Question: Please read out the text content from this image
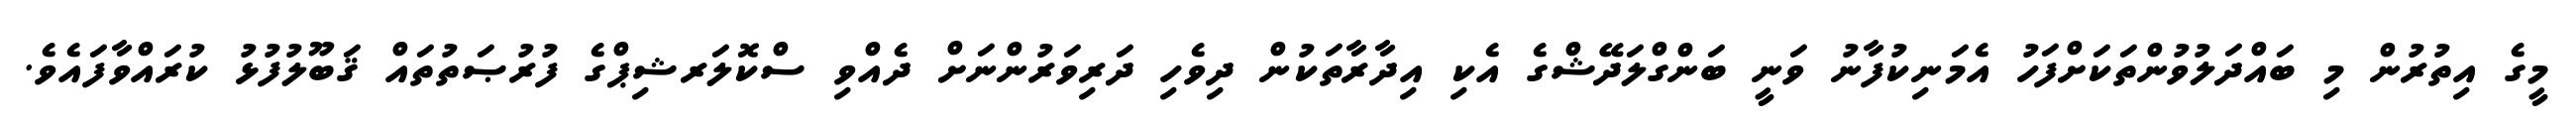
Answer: މީގެ އިތުރުން މި ބައްދަލުވުންތަކަށްފަހު އެމަނިކުފާނު ވަނީ ބަންގްލަދޭޝްގެ އެކި އިދާރާތަކުން ދިވެހި ދަރިވަރުންނަށް ދެއްވި ސްކޮލަރޝިޕްގެ ފުރުޞަތުތައް ޤަބޫލުފުޅު ކުރައްވާފައެވެ.